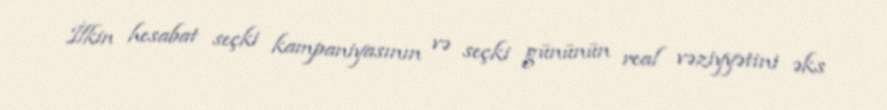
İlkin hesabat seçki kampaniyasının və seçki gününün real vəziyyətini əks